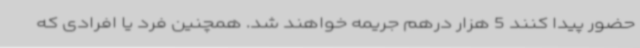
حضور پیدا کنند 5 هزار درهم جریمه خواهند شد. همچنین فرد یا افرادی که